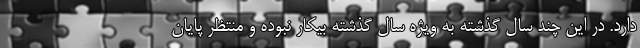
دارد. در این چند سال گذشته به ویژه سال گذشته بیکار نبوده و منتظر پایان